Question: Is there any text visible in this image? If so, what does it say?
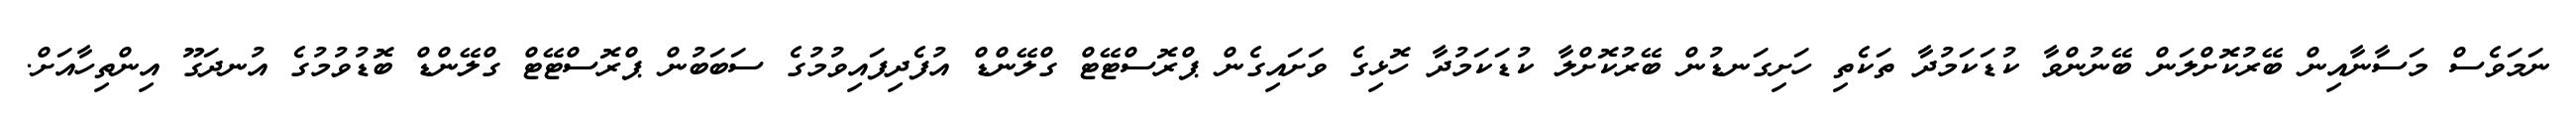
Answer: ނަމަވެސް މަސާނާއިން ބޭރުކޮށްލަން ބޭނުންވާ ކުޑަކަމުދާ ތަކެތި ހަށިގަނޑުން ބޭރުކޮށްލާ ކުޑަކަމުދާ ހޮޅިގެ ވަށައިގެން ޕްރޮސްޓޭޓް ގްލޭންޑް އުފެދިފައިވުމުގެ ސަބަބުން ޕްރޮސްޓޭޓް ގްލޭންޑް ބޮޑުވުމުގެ އުނދަގޫ އިންތިހާއަށް.